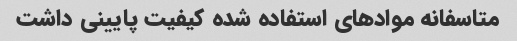
متاسفانه مواد‌های استفاده شده کیفیت پایینی داشت